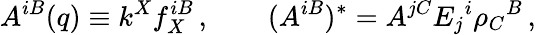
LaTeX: A^{iB}(q)\equiv k^{X}f_{X}^{iB}\, ,\qquad(A^{iB})^{*}=A^{jC}E_{j}{}^{i}\rho_{C}{}^{B}\, ,